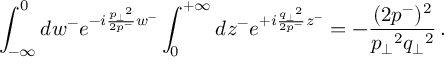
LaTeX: \int _ { - \infty } ^ { 0 } d w ^ { - } e ^ { - i \frac { { p _ { \perp } } ^ { 2 } } { 2 p ^ { - } } w ^ { - } } \int _ { 0 } ^ { + \infty } d z ^ { - } e ^ { + i \frac { { q _ { \perp } } ^ { 2 } } { 2 p ^ { - } } z ^ { - } } = - \frac { ( 2 p ^ { - } ) ^ { 2 } } { { p _ { \perp } } ^ { 2 } { q _ { \perp } } ^ { 2 } } \, .